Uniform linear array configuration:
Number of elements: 8
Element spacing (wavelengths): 0.25
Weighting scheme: kaiser
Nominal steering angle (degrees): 15
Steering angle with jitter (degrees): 15.595
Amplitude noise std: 0.05
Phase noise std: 0.05

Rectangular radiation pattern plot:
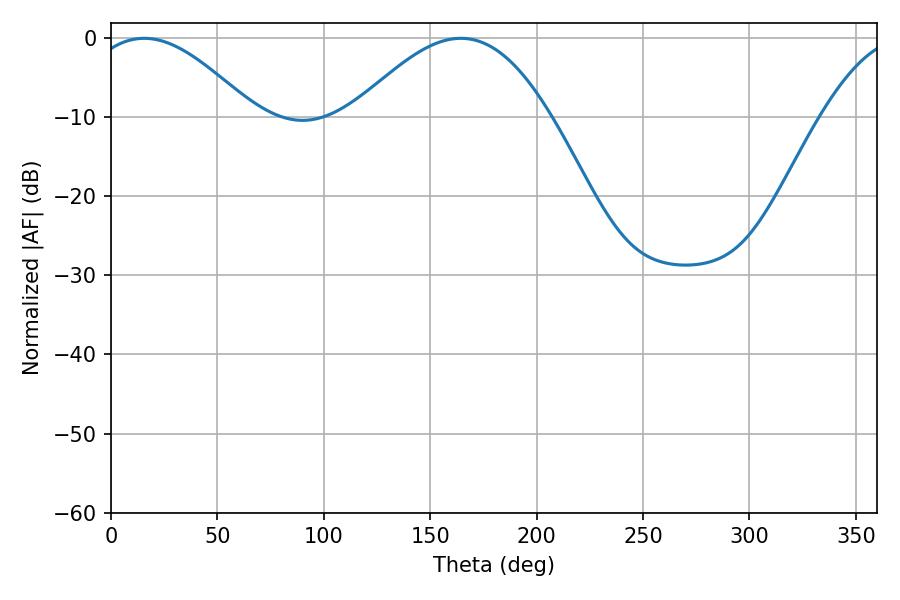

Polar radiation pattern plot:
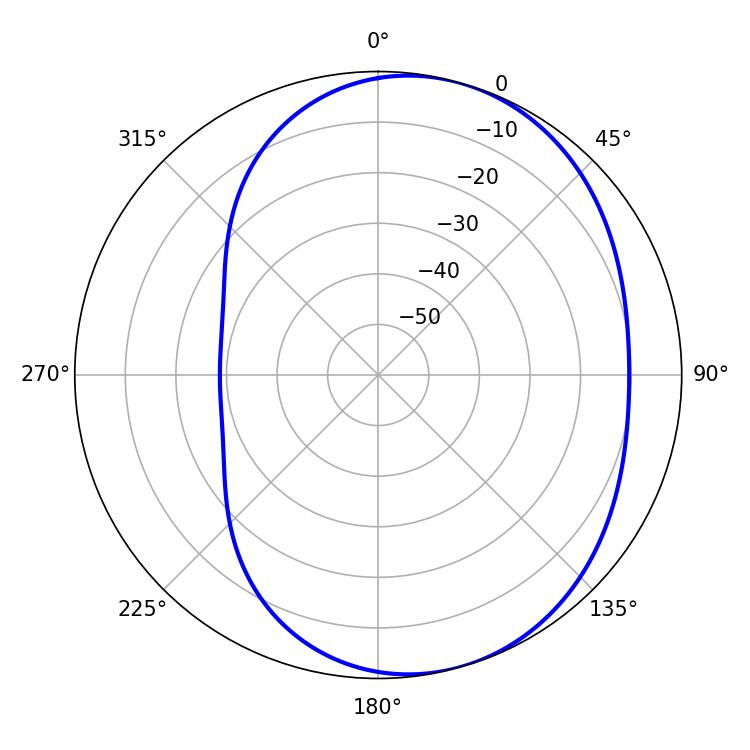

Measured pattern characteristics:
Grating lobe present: FALSE
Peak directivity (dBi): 5.09
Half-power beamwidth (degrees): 42.3
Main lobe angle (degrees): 15.66